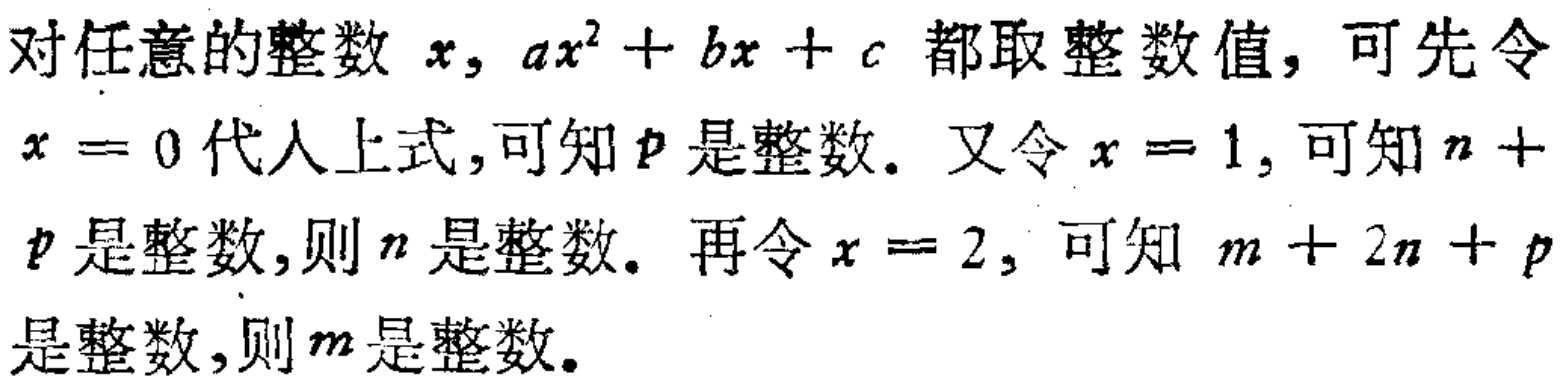
对任意的整数 \(x\)，\(ax^{2}+bx + c\) 都取整数值，可先令 \(x = 0\) 代人上式，可知 \(p\) 是整数。又令 \(x = 1\)，可知 \(n + p\) 是整数，则 \(n\) 是整数。再令 \(x = 2\)，可知 \(m + 2n + p\) 是整数，则 \(m\) 是整数。